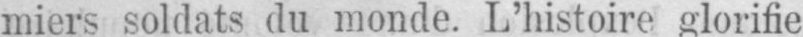
miers soldats du monde. L’histoire glorifie